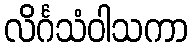
လိင်္ဂသံဝါသကာ